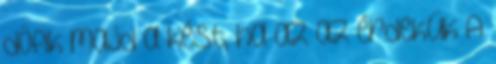
döfik majd a kést, ha az az érdekük A